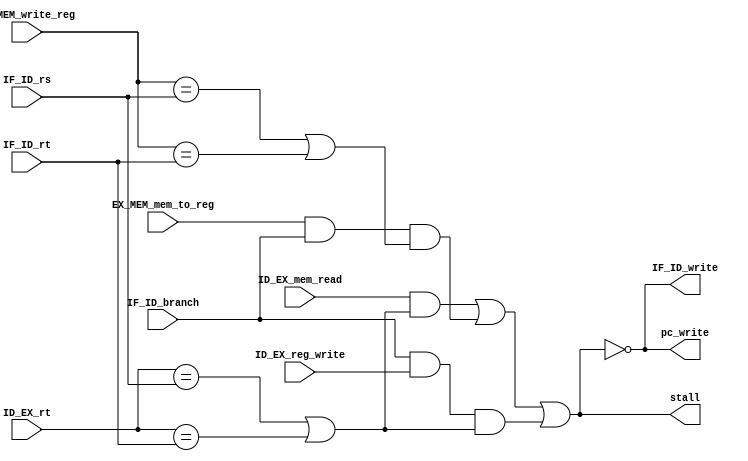
`timescale 1ns / 1ps
// <your student id>

/** [Reading] 4.7 p.372-375
 * Understand when and how to detect stalling caused by data hazards.
 * When read a reg right after it was load from memory,
 * it is impossible to solve the hazard just by forwarding.
 */

/* checkout FIGURE 4.59 to understand why a stall is needed */
/* checkout FIGURE 4.60 for how this unit should be connected */
module hazard_detection (
    input        ID_EX_mem_read,
    input  [4:0] ID_EX_rt,
    input        ID_EX_reg_write,
    input        EX_MEM_mem_to_reg,
    input  [4:0] EX_MEM_write_reg,
    input        IF_ID_branch,
    input  [4:0] IF_ID_rs,
    input  [4:0] IF_ID_rt,
    output       pc_write,        // only update PC when this is set
    output       IF_ID_write,     // only update IF/ID stage registers when this is set
    output      stall            // insert a stall (bubble) in ID/EX when this is set
);

    /** [step 3] Stalling
     * 1. calculate stall by equation from textbook.
     * 2. Should pc be written when stall?
     * 3. Should IF/ID stage registers be updated when stall?
     */

    assign stall = ((ID_EX_mem_read) & 
                            ((ID_EX_rt == IF_ID_rs) | (ID_EX_rt == IF_ID_rt))) | //first stall (lw -> add)
                    ((EX_MEM_mem_to_reg & IF_ID_branch) & 
                            ((EX_MEM_write_reg == IF_ID_rs) | (EX_MEM_write_reg == IF_ID_rt))) | //second stall (lw -> beq)
                    ((IF_ID_branch & ID_EX_reg_write) & 
                            ((ID_EX_rt == IF_ID_rs) | (ID_EX_rt == IF_ID_rt))); //stall (add -> beq)
    assign pc_write = ~stall;
    assign IF_ID_write = ~stall;


endmodule